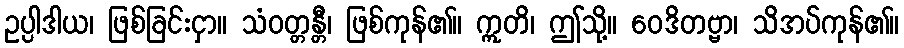
ဥပ္ပါဒါယ၊ ဖြစ်ခြင်းငှာ။ သံဝတ္တန္တီ၊ ဖြစ်ကုန်၏။ ဣတိ၊ ဤသို့။ ဝေဒိတဗ္ဗာ၊ သိအပ်ကုန်၏။